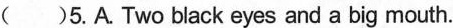
( )5.A.Two black eyes and a big mouth.